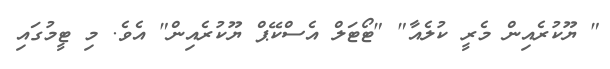
" ޔޫކުރެއިން މެރީ ކުލެއާ" "ޓޯޓަލް އެސްކޭޕް ޔޫކުރެއިން" އެވެ. މި ޓީމުގައި